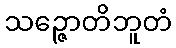
သဉ္ဇောတိဘူတံ